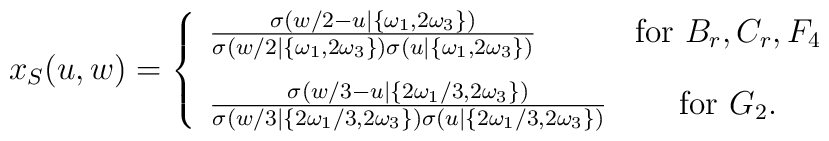
x_{S}(u,w)=   \left\{    \begin{array}{lc}       {\sigma(w/2-u|\{\omega_{1},2\omega_{3}\})       \over{\sigma(w/2|\{\omega_{1},2\omega_{3}\})       \sigma(u|\{\omega_{1},2\omega_{3}\})}} &       \mbox{for}\ B_r,C_r, F_4\\[10pt]       {\sigma(w/3-u|\{2\omega_{1}/3,2\omega_{3}\})       \over{\sigma(w/3|\{2\omega_{1}/3,2\omega_{3}\})       \sigma(u|\{2\omega_{1}/3,2\omega_{3}\})}} & \mbox{for} \ G_2.    \end{array}   \right.